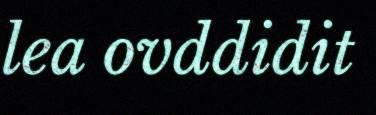
lea ovddidit